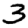
Digit: 3